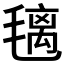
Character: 𣯤